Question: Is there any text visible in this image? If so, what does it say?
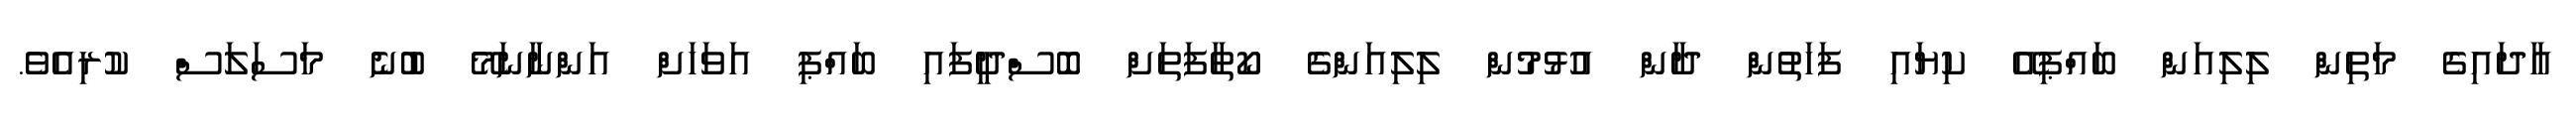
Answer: އާދައިގެ މަތިން ލިލިއަން ބައްޕިއޭ ކިޔައި ފަހަތުން ދާން އުޅުމުން ލިލިއަންގެ ކޯތާފަތަށް ބޮސްދީފައި ބައްޕި އަވަހަށް އަންނާނަމޭ ބުނެ މަސަލަސް ކުރިއެވެ.